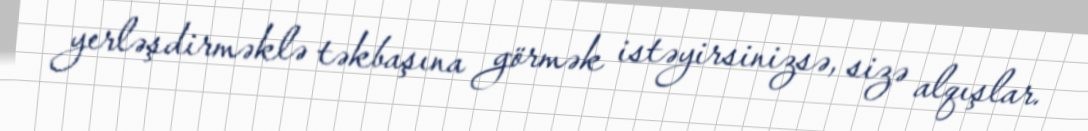
yerləşdirməklə təkbaşına görmək istəyirsinizsə, sizə alqışlar.